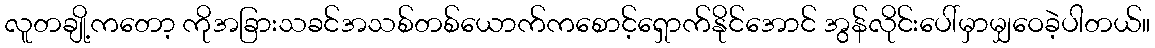
လူတချို့ကတော့ ကိုအခြားသခင်အသစ်တစ်ယောက်ကစောင့်ရှောက်နိုင်အောင် အွန်လိုင်းပေါ်မှာမျှဝေခဲ့ပါတယ်။